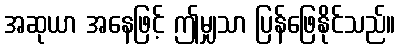
အဆုယာ အနေဖြင့် ဤမျှသာ ပြန်ဖြေနိုင်သည်။